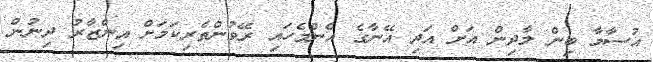
އުސާމާ ބިން ލާދިން އަށް އަދި އޭނާގެ އެންމެހައި ރޭވުންތެރިކަމަށް އިންޒާރު ދިނުން